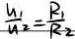
\frac { u _ { 1 } } { u _ { 2 } } = \frac { R _ { 1 } } { R _ { 2 } }